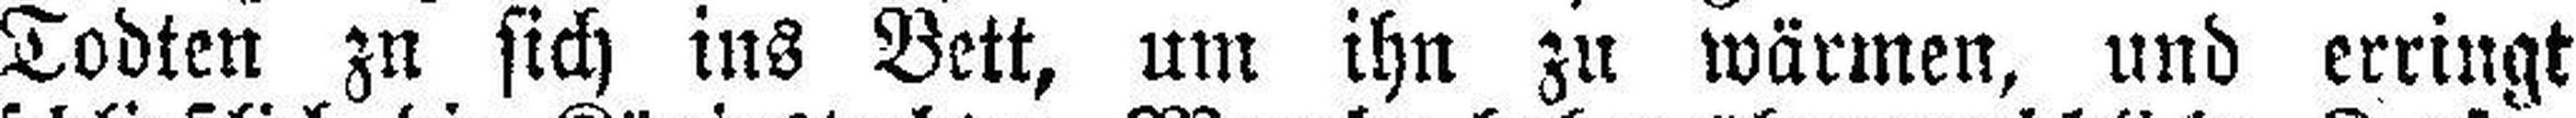
Todten zu sich ins Bett, um ihn zu wärmen, und erringt